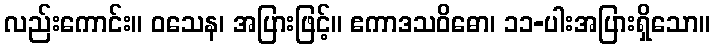
လည်းကောင်း။ ဝသေန၊ အပြားဖြင့်။ ဧကာဒသဝိဓော၊ ၁၁-ပါးအပြားရှိသော။